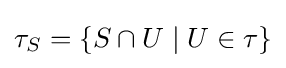
\tau _{S}=\lbrace S\cap U\mid U\in \tau \rbrace